Document type: Sale
Year: 1235
Scribe: Pere de Bages
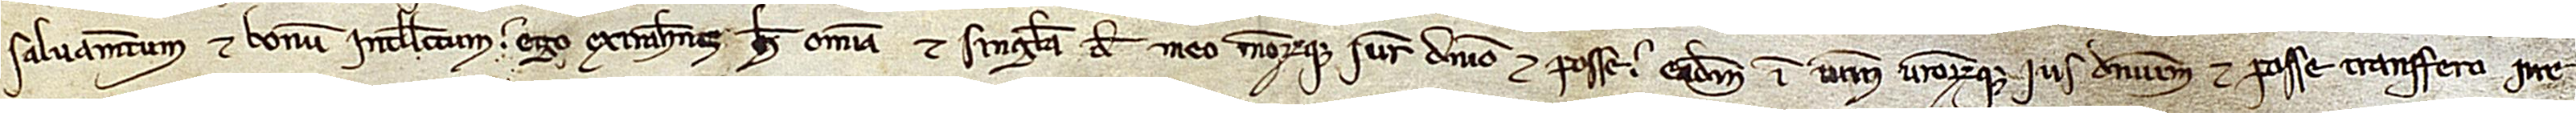
salvamentum et bonum intellectum, ego extrahimus hec omnia et singula de meo meorumque iure, dominio et posse, eadem in vestrum vestrorumque ius, dominium et posse transfero irre-